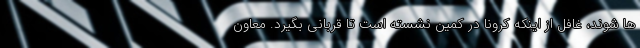
ها شوند، غافل از اینکه کرونا در کمین نشسته است تا قربانی بگیرد. معاون